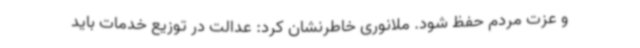
و عزت مردم حفظ شود. ملانوری خاطرنشان کرد: عدالت در توزیع خدمات باید